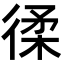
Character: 𢔟